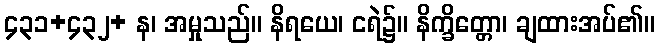
၄၃၁+၄၃၂+ န၊ အမှုသည်။ နိရယေ၊ ငရဲ၌။ နိက္ခိတ္တော၊ ချထားအပ်၏။